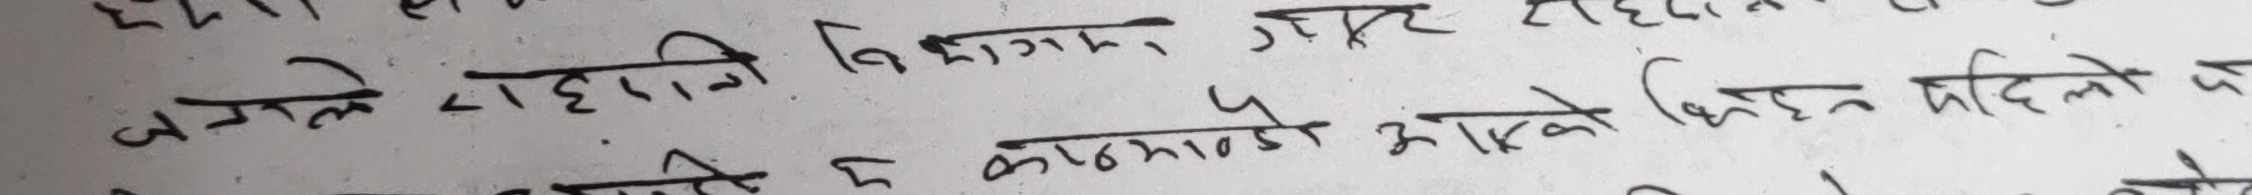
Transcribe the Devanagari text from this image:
कम्तीले रहदानी बिशेषाज्ञ, गएर रहेका छन्
जसले प्रहरीले काठमाडौं आएको खिरिहन महिला मे